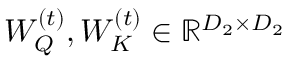
W _ { Q } ^ { ( t ) } , W _ { K } ^ { ( t ) } \in \mathbb { R } ^ { D _ { 2 } \times D _ { 2 } }